talulepingud_et, lk 5
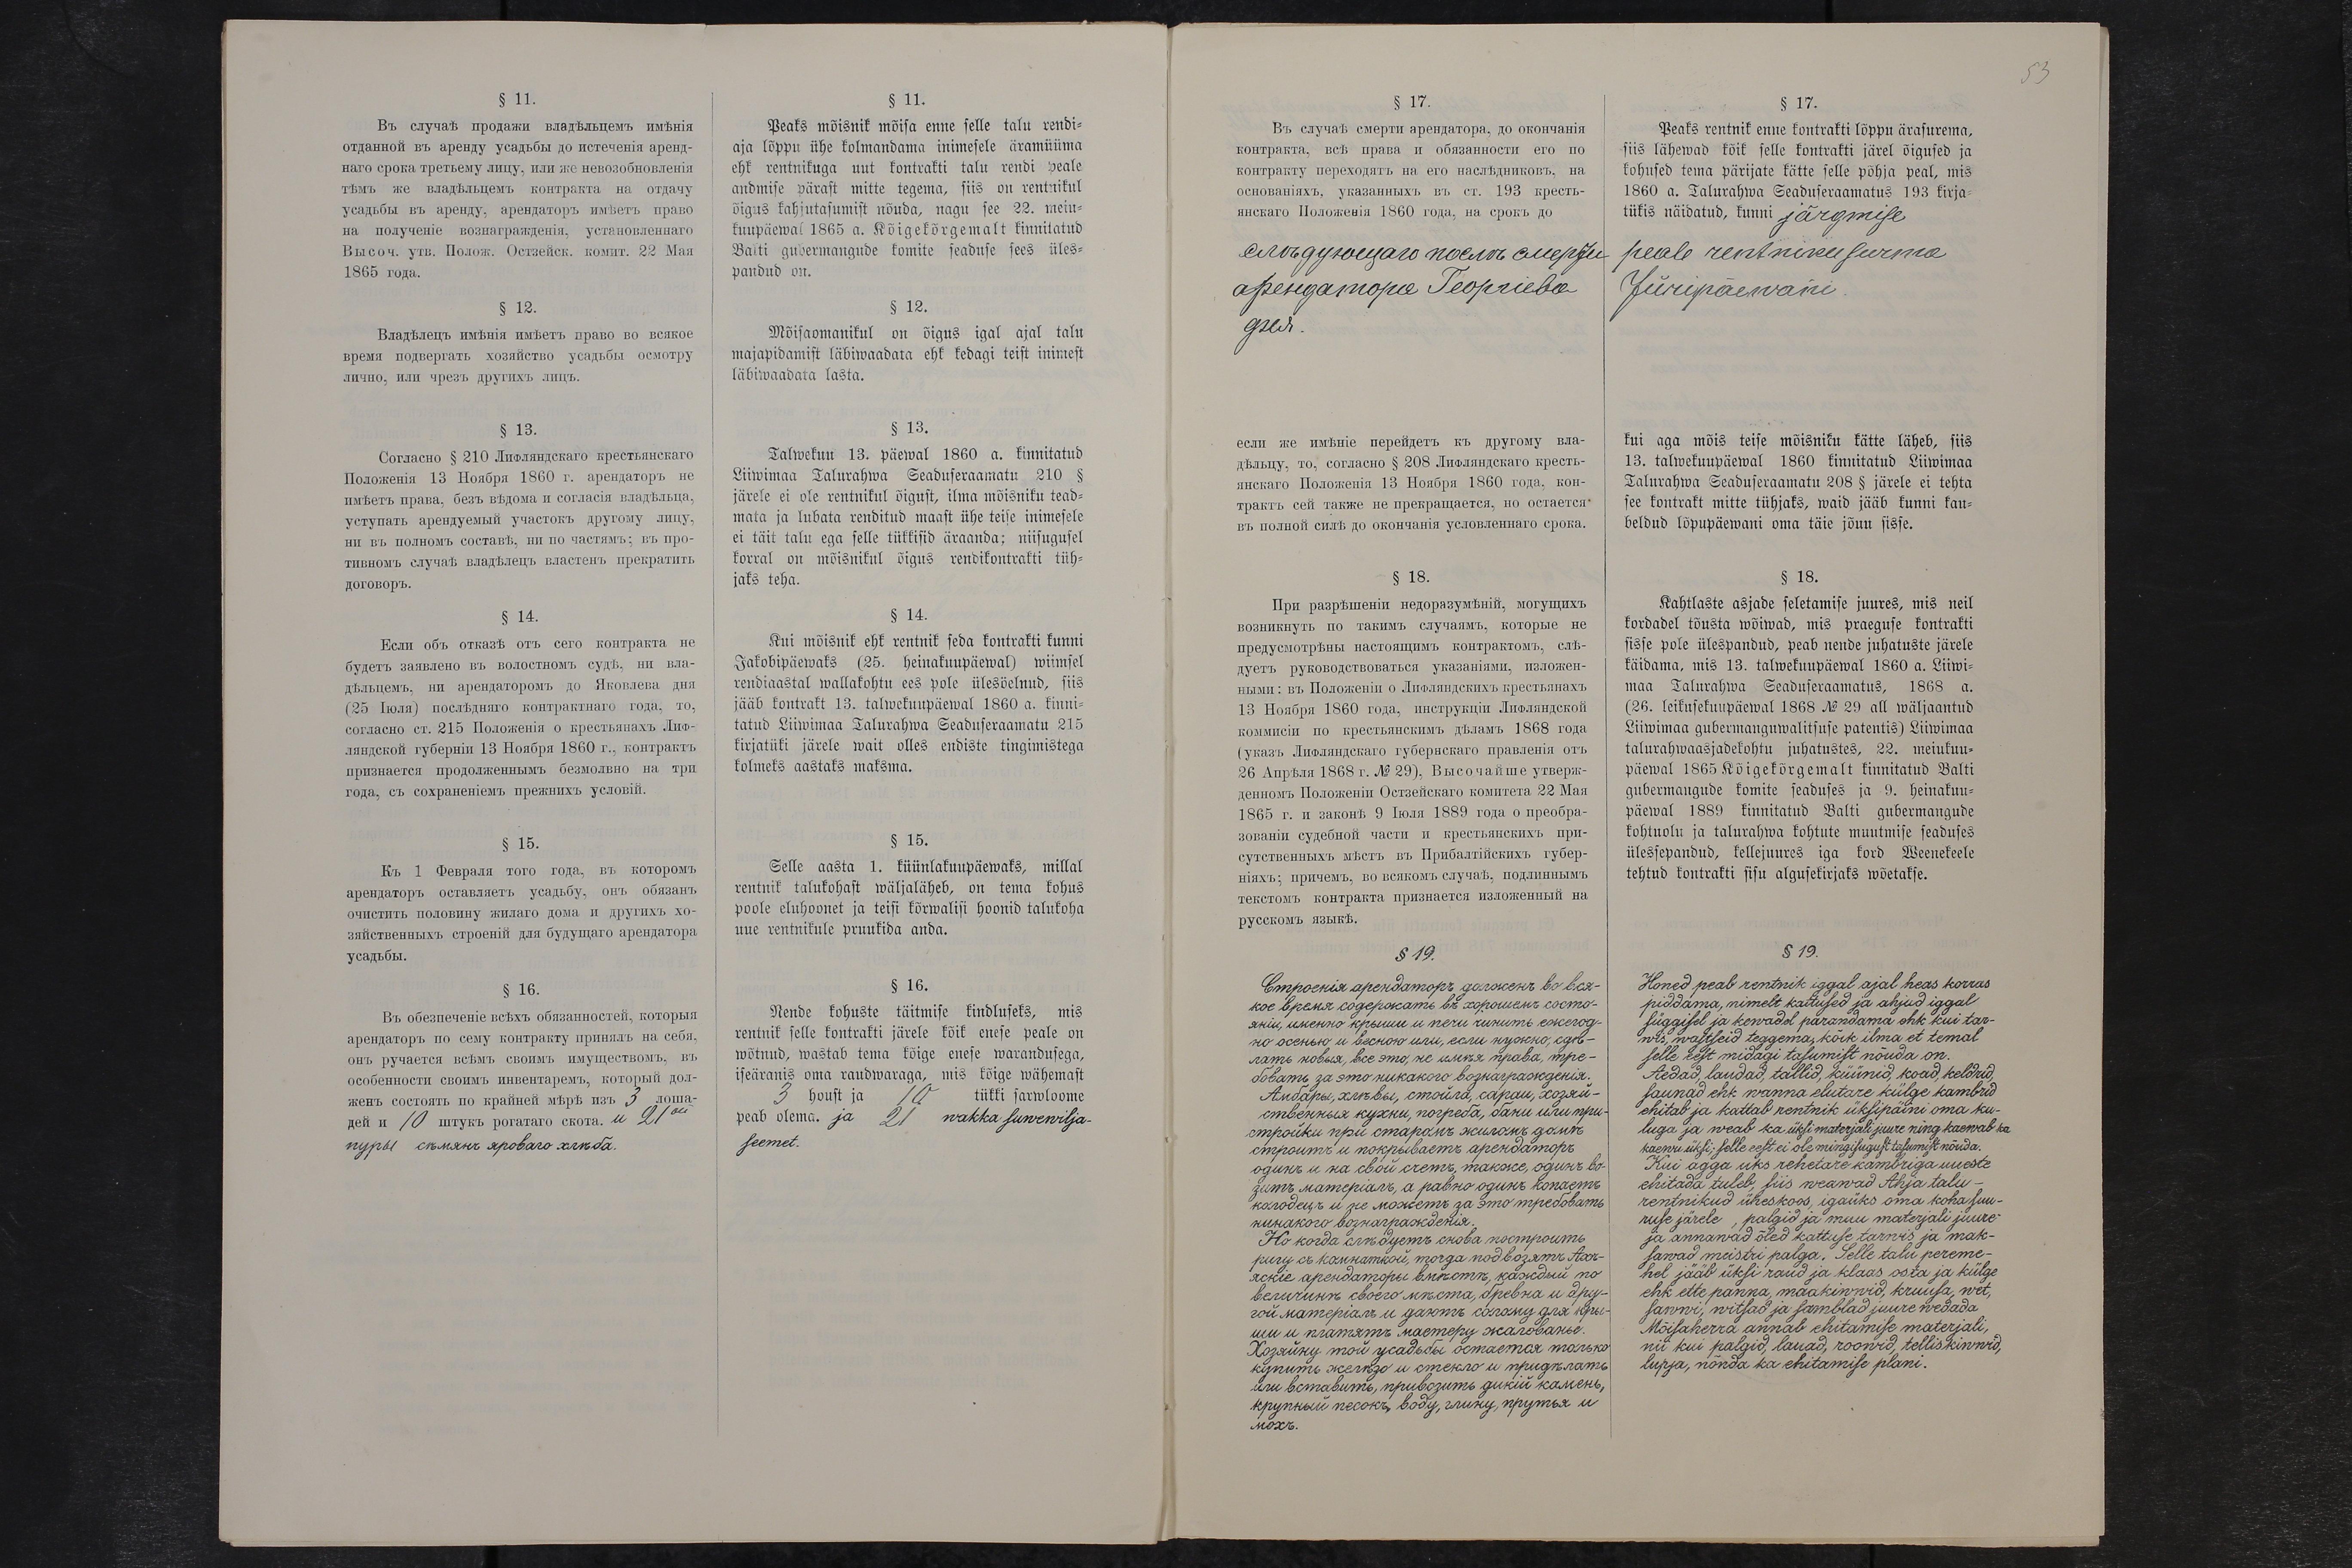
§ 11.
Peaks mõisnik mõisa enne selle talu rendi-
aja lõppu ühe kolmandama inimesele äramüüma
ehk rentnikuga uut kontrakti talu rendi peale
andmise pärast mitte tegema, siis on rentnikul
õihus kahjutasumist nõuda, nagu see 22. meiu-
kuupäewal 1865 a. Kõigekõrgemalt kinnitatud
Balti gubermangude komite seaduse sees üles-
pandud on.
§ 12.
Mõisaomanikul on õigus igal ajal talu
majapidamist läbiwaadata ehk kedagi teist inimest
läbiwaadata lasta.
§ 13.
Talwekuu 13. päewal 1860 a. kinnitatud
Liiwimaa Talurahwa Seaduseraamatu 210 §
järele ei ole rentnikul õigust, ilma mõisniku tead-
mata ja lubata renditud maast ühe teise inimesele
ei täit talu ega selle tükkisid äraanda; niisugusel
korral on mõisnikul õigus rendikontrakti tüh-
jaks teha.
§ 14.
Kui mõisnik eh rentnik seda kontrakti kunni
Jakobipäewaks (25. heinakuupäewal) wiimsel
rendiaastal wallakohtu ees pole ülesöelnud, siis
jääb kontrakt 13. talwekuupäewal 1860 a. kinni-
tatud Liiwimaa Talurahwa Seaduseraamatu 215
kirjatüki järele wait olles endiste tingimistega
kolmeks aastaks maksma.
§ 15.
Selle aasta 1. küünlakuupäewaks, millal
rentnik talukohast wäljaläheb, on tema kohus
poole eluhoonet ja teisi kõrwalisi hoonid talukoha
uue rentnikule pruukida anda.
§ 16.
Nende kohuste täitmise kindluseks, mis
rentnik selle kontrakti järele kõik enese peale on
wõtnud, wastab tema kõige enese warandusega,
iseäranis oma raudwaraga, mis kõige wähemast
3 houst ja 10 tükki sarwloome
peab olema. ja 21 wakka suwewilja-
seemet.

§ 17.
Peaks rentnik enne kontrakti lõppu ärasurema,
siis lähewad kõik selle kontrakti järel õigused ja
kohused tema pärijate kätte selle põhja peal, mis
1860 a. Talurahwa Seaduseraamatus 193 kirja-
tükis näidatud, kunni järgmise
peale rentniku surma
Jüripäewani
kui aga mõis teise mõisniku kätte läheb, siis
13. talwekuupäewal 1860 kinnitatud Liiwimaa
Talurahwa Seaduseraamatu 208 § järele ei tehta
see kontrakt mitte tühjaks, waid jääb kunni kau-
beldud lõpupäewani oma täie jõuu sisse.
§ 18.
Kahtlaste asjade seletamise juures, mis neil
kordadel tõusta wõiwad, mis praeguse kontrakti
sisse pole ülespandud, peab nende juhatuste järele
käidama, mis 13. talwekuupäewal 1860 a. Liiwi-
maa Talurahwa Seaduseraamatus, 1868 a.
(26. leikusekuupäew 1868 No 29 all wäljaantud
Liiwimaa gubermanguwalitsuse patentis) Liiwimaa
talurahwaasjadekohtu juhtatustes, 22. meiukuu-
päewal 1865 Kõigekõrgemalt kinnitatud Balti
gubermangude komite seaduses ja 9. heinakuu-
päewal 1889 kinnitatud Balti gubermangude
kohtuolu ja talurahwa kohtute muutmise seaduses
ülespandud, kellejuures iga kord Weenekeele
tehtud kontrakti sisu algusekirjaks wõetakse.
§ 19.
Honed peab rentnik iggal ajal heas korras
piddama, nimelt kattused ja ahjud iggal
süggisel ja kewadel parandama ehk kui tar-
wis, wastseid teggema, kõik ilma et temal
elles eest midagi tasumist nõuda on.
Aedad, laudad, tallid, küünid, koad, keldrid,
saunad ehk wanna elutare külge kambrid
ehitab ja kattab rentnik üksipäini oma ku-
luga ja weab ka üksi materjali juure ning kaewab ja
kaewu üksi; selle eest ei ole mingisugust tasumist nõuda.
Kui agga uks rehetare kambriga uueste
ehitada tuleb, siis weawad Ahja talu-
rentnikud üheskoos, igaüks oma koha suu-
ruse järele, palgid ja muu materjali juure
ja annawad õled kattuse tarwis ja mak-
sawad meistri palga. Selle talu pereme-
hel jääb üksi raud ja klaas osta ja külge
ehk ette panna, maakiwwid, kruusa, wet,
sawwi, witsad ja samblad juure wedada
Mõisaherra annab ehitamise materjali,
nii kui palgid, lauad, roowid, telliskiwid,
lupja, nõnda ka ehitamise plani.